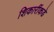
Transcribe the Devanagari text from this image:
शिकारींकडे